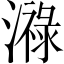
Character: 𤀓